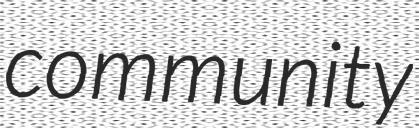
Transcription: community